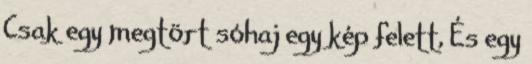
Csak egy megtört sóhaj egy kép felett, És egy